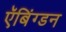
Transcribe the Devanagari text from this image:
ऍबिंग्डन